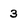
Character: 3